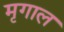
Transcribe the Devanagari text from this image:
मृगाल